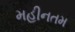
મહીનતમ